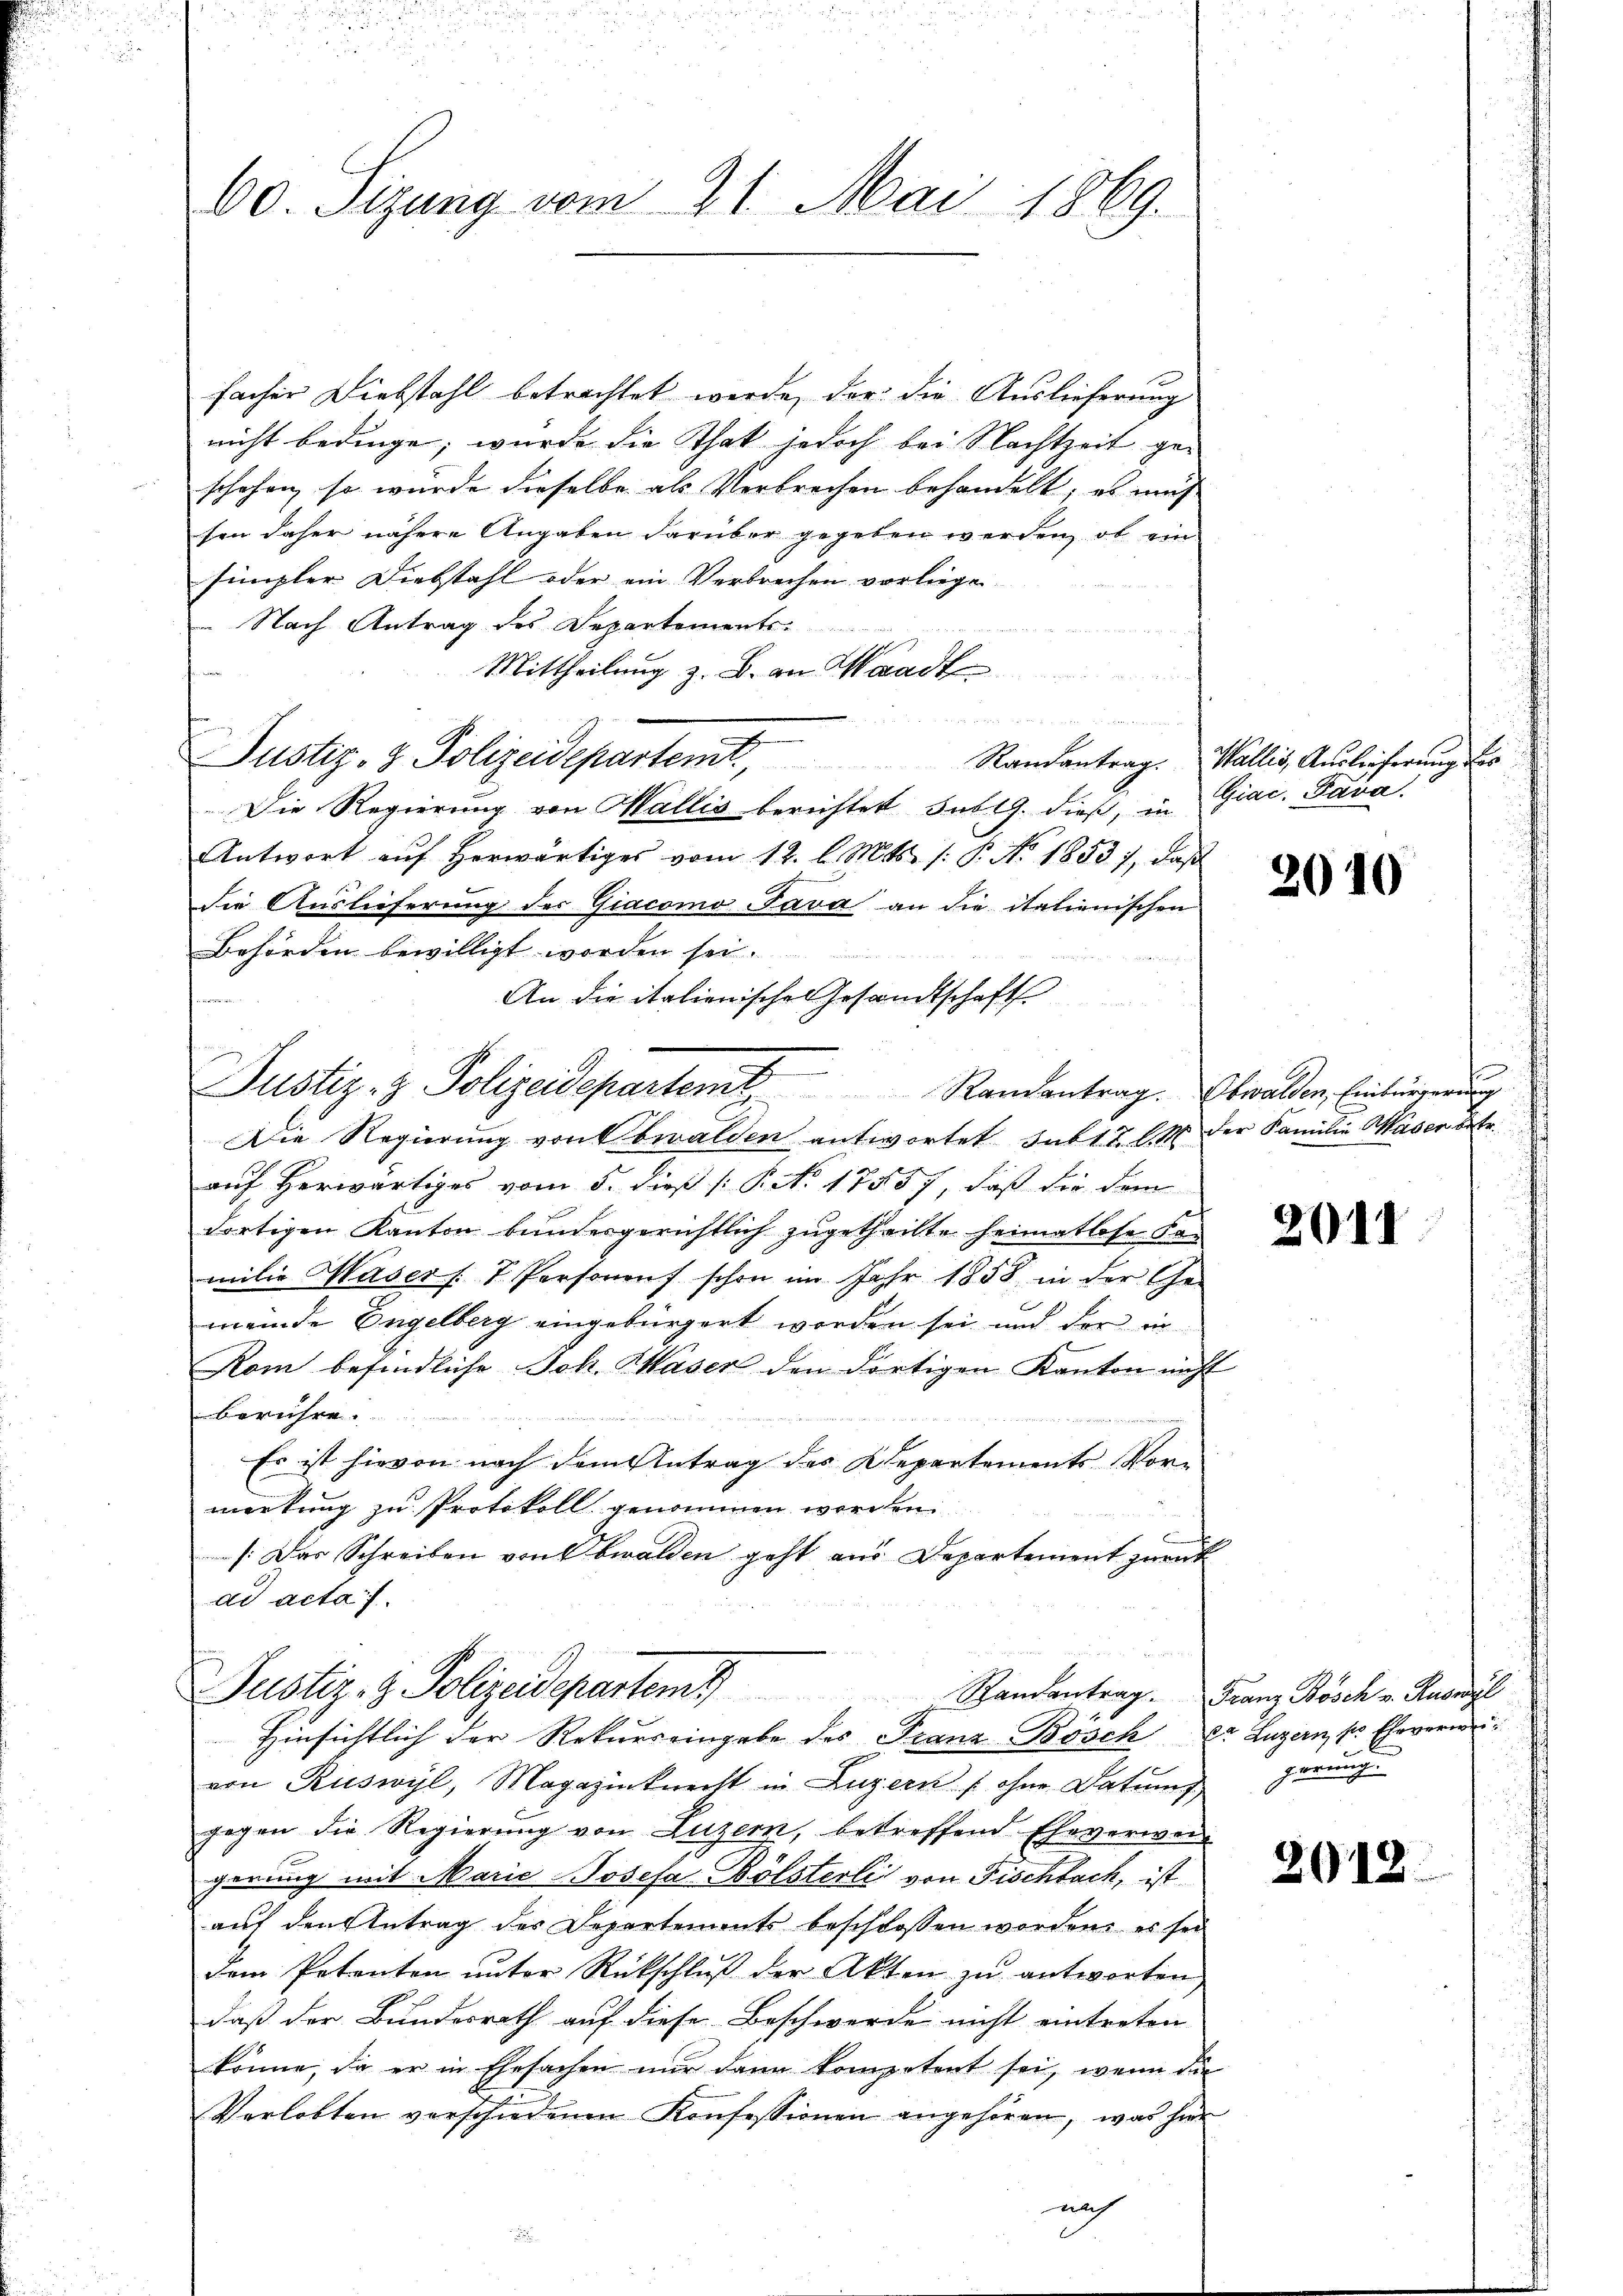
60. Sizung vom 21. Mai 1869.

facher Diebstahl betrachtet werde, der die Auslieferung
nicht bedinge, wurde die That jedoch bei Nachtzeit ge-
schehen, so wurde dieselbe als Verbrechen behandelt; es mus
ten daher nähere Angaben darüber gegeben werden, ob ein
simpler Diebstahl oder ein Verbrechen vorliege
 Nach Antrag des Departements-
Mittheilung z. B. an Waadt

u
Justiz- & Polizeidepartemt, Randantrag. Wallis, Auslieferung der
Die Regierung von Wallis berichtet Sublg. dieß, in Giac. Para
Antwort aŭf herwärtiges vom 12. l. Mts. /: P. No. 1853), daß
die Auslieferung des Giacomo Java an die italienischen
Behörden bewilligt worden sei.
An die italienische Gesandtschaft
u
Justiz- & Polizeidepartent Randantrag. Obwalden Einbürgerung
Die Regierung von Obwalden antwortet subt 2 l. M. der Familie Waser betr.
auf Herwärtiges vom 5. dieß (: P. Nr. 17557, daß die dem
dortigen Kanton bundergerichtlich zugetheilte heimatlose Kan
milie Waser /: 7 Personenf schon im Jahr 1858 in der Ge-
meinde Engelberg eingebürgert worden sei und der in
Kom befindliche Joh. Kaser den dortigen Kanton nicht
berühre.

äche B
Es ist hievon nach dem Antrag des Departements Vormerkung zu Protokoll genommen worden.
[Das Schreiben von Obwalden geht aus Departement zurück
ad acta.

von Ruswyl, Magazinknecht in Luzern (ohne Datum gerung.
gegen die Regierŭng von Luzern, betreffend Eheverwen
gerung mit Marie Josefa Bölsterli von Fischbach, ist
auf den Antrag der Departements beschlossen worden, es sei
dem Petenten ŭnter Rückschlŭβ der Akten zu antworten
daß der Bundesrath auf diese Beschwerde nicht eintreten
könne, da er in Ehesachen nur dann kompetent sei, wenn die
Verlobten vorschiedenen Konfessionen angehören, was hier
noch
.

Justiz- & Polizeidepartem
Hinsichtlich der Rekurreingabe des Franz-Böscher Luzern, pr Eheverwei¬

2010

2015

Randantrag. Franz Bosch v. Ruswyl

2912.